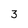
Character: 3